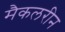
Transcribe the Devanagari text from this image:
मैकलरीन